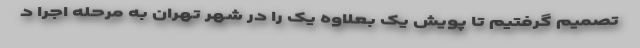
تصمیم گرفتیم تا پویش یک بعلاوه یک را در شهر تهران به مرحله اجرا د